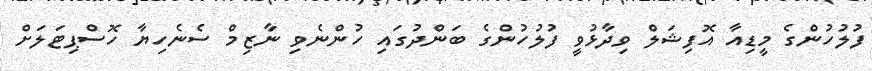
ފުލުހުންގެ މީޑިއާ އޮފިޝަލް ވިދާޅުވީ ފުލުހުންގެ ބަންދުގައި ހުންނެވި ނާޒިމް ސެނެހިޔާ ހޮސްޕިޓަލަށް